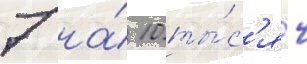
7 на́ 10 ты́с'яч